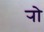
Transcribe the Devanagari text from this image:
र्‍ाो